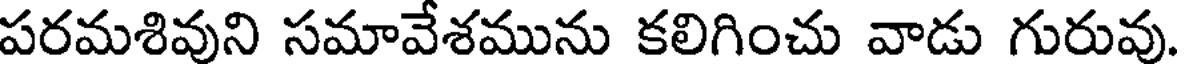
పరమశివుని సమావేశమును కలిగించు వాడు గురువు